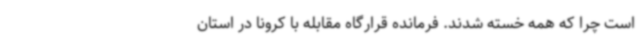
است چرا که همه خسته شدند. فرمانده قرارگاه مقابله با کرونا در استان